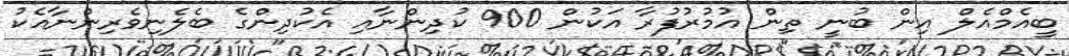
ބީއެމްއެލް އިން ބުނީ ތިން އުމުރުފުރާ އަކުން 900 ކުދިންނާއި އެކުދިންގެ ބެލެނިވެރިންނާއެކު